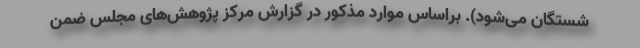
شستگان می‌شود). براساس موارد مذکور در گزارش مرکز پژوهش‌های مجلس ضمن